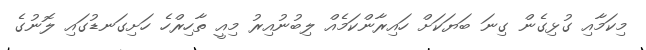
މިކަމާއި ގުޅިގެން ގިނަ ބަޔަކަށް ހައިރާންކަމެއް ލިބުނުއިރު މިއީ ތާހިރްހެ ހަށިގަނޑުގައި ލޮނުގެ